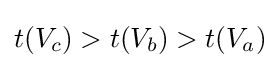
t(V_{c})>t(V_{b})>t(V_{a})